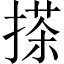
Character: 搽